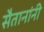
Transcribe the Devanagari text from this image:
सैतानांनी